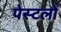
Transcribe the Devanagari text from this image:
पेस्टलों